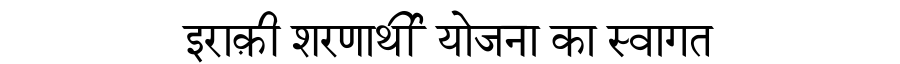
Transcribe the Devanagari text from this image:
इराक़ी शरणार्थी योजना का स्वागत